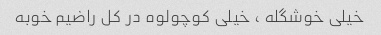
خیلی خوشگله ، خیلی کوچولوه در کل راضیم خوبه